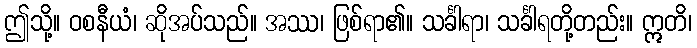
ဤသို့။ ဝစနီယံ၊ ဆိုအပ်သည်။ အဿ၊ ဖြစ်ရာ၏။ သင်္ခါရာ၊ သင်္ခါရတို့တည်း။ ဣတိ၊